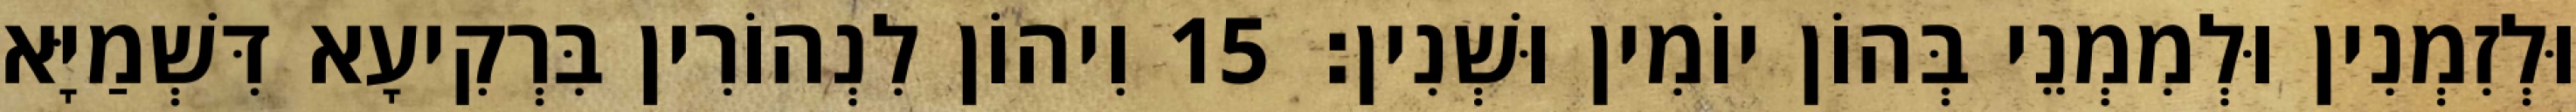
וּלְזִמְנִין וּלְמִמְנֵי בְּהוֹן יוֹמִין וּשְׁנִין׃ 15 וִיהוֹן לִנְהוֹרִין בִּרְקִיעָא דִּשְׁמַיָּא